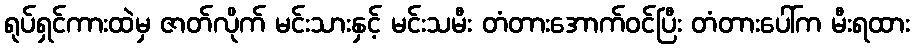
ရုပ်ရှင်ကားထဲမှ ဇာတ်လိုက် မင်းသားနှင့် မင်းသမီး တံတားအောက်ဝင်ပြီး တံတားပေါ်က မီးရထား